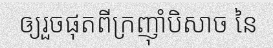
ឲ្យរួចផុតពីក្រញ៉ាំបិសាច នៃ